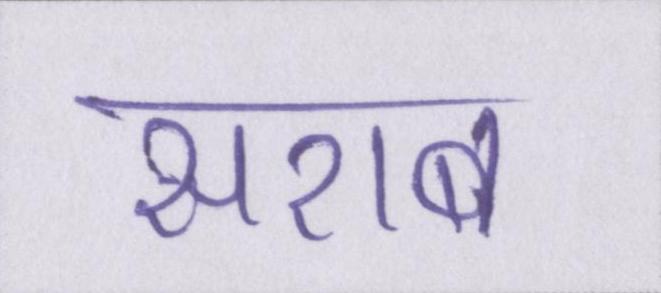
सराब